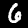
Label: 6